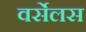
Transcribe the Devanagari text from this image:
वर्सेलस